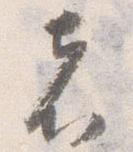
者